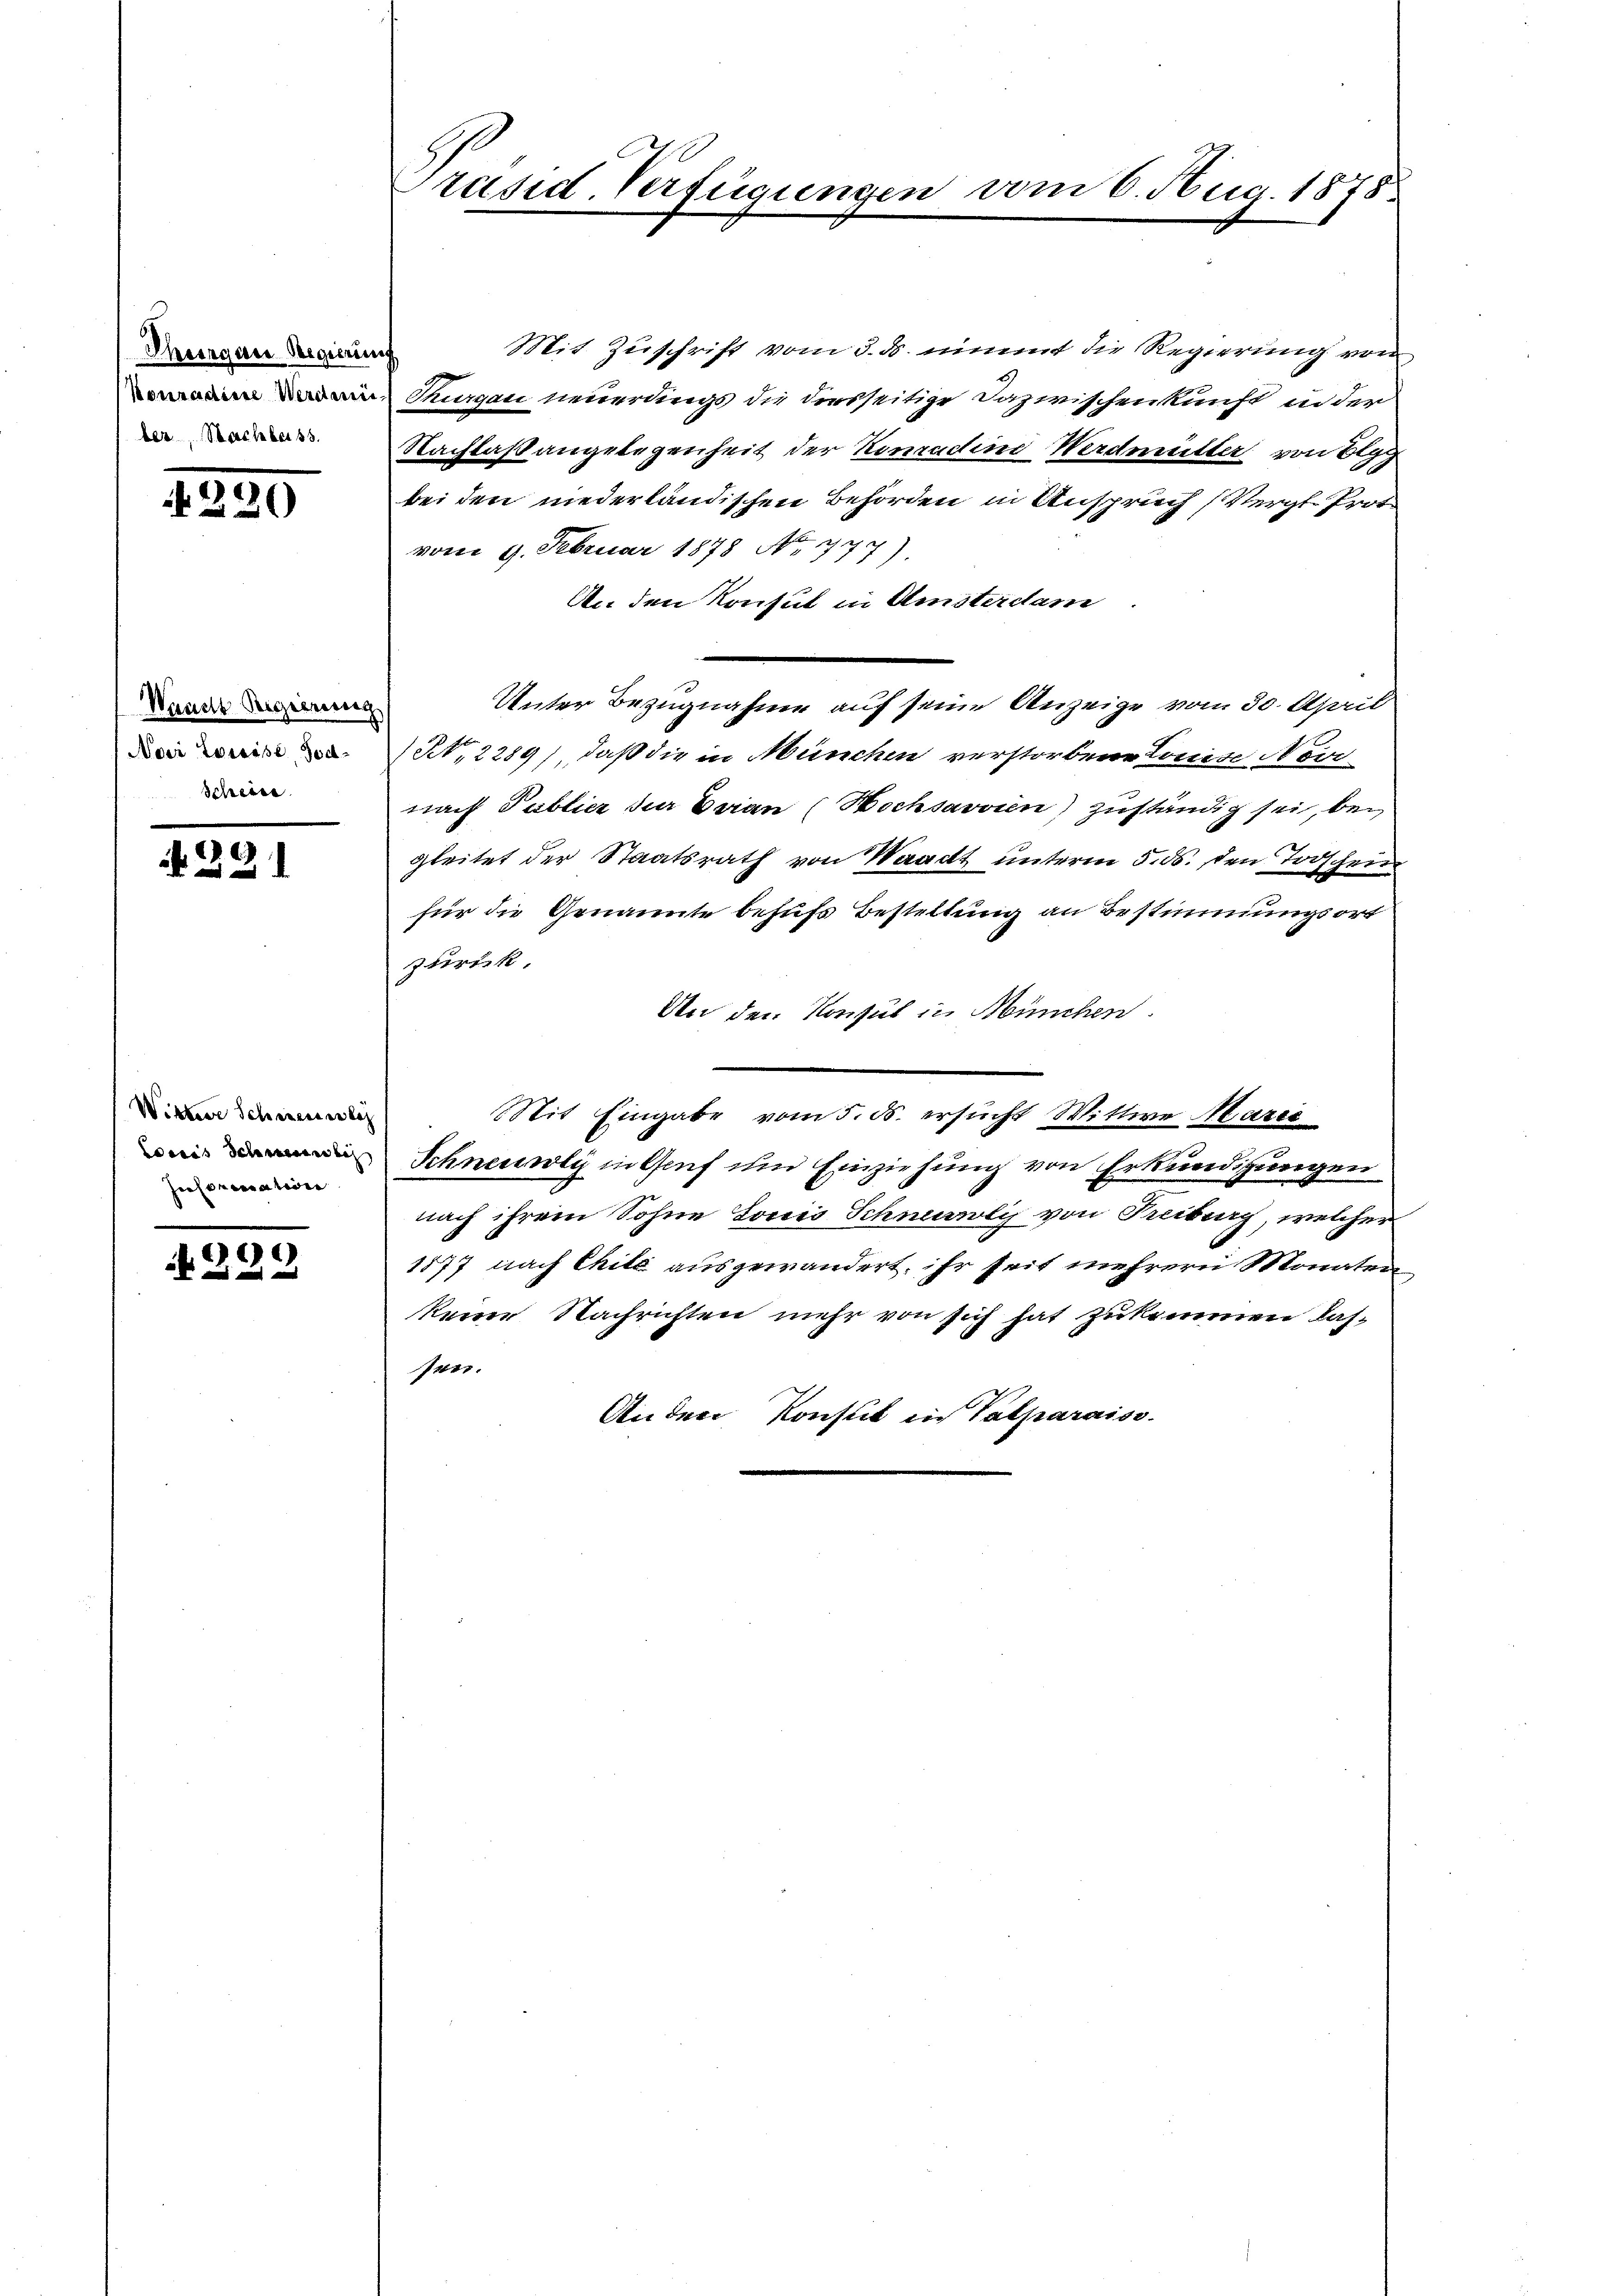
Thurgau Regierunt
Nouradiere Werdenie
ber, Sacheber 33.

290

Wauch Regierung
Noer Zweise Tod
Scheide

1

Wittere Schweiles
Coccis Schienendich
Jecoramativen

.
 f 0 x

Präsid. Verfügungen vom 6. Aug. 1878.

Mit Zuschrift vom 3. ds. nimmt die Regierung von
Thurgau neuerdings die diesseitige Dazwischenkunft in der
Nachlaßangelegenheit der Konradine Werdmütter, von Elgg
bei den niederländischen Behörden in Anspruch (Vergt. Prot.
vom 9. Februar 1878 No 777
An den Konsul in Umsterdam
Unter Bezugnahme auf seine Anzeige vom 30. April
(N 2289) daß die in München verstorbene Louise Nor
nach Publier zur Evian (Hochsavvien) zuständig sei, bei
gleitet der Staatsrath von Waadt unterm 5. ds. den Todschein
für die Genannte behufs Bestellung an Bestimmungsort
zurück.
An den Konsul in München.
Mit Eingabe vom 5. ds. ersucht Wittwe Marie
Schneewly in Genf um Einziehung von Erkundigungen
nach ihrem Sohne Louis Schnurli von Freiburg, welcher
1877 nach Chilé ausgewandert, ihr seit mehrern Monaten
keine Nachrichten mehr von sich hat zukommen las-
sen.
Anden Konsul in Valparaiss